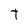
Character: t